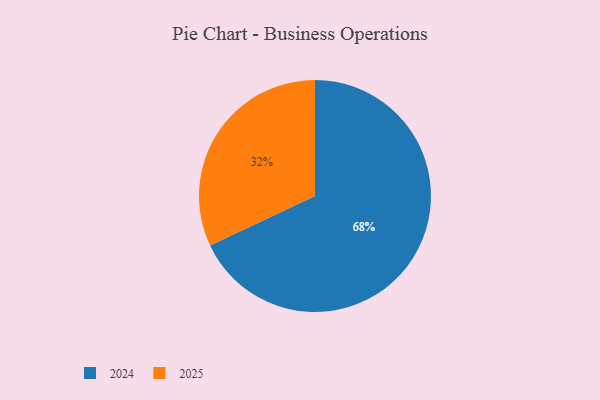
{"axis": {"x": "Category", "y": "Percentage"}, "legend": ["2024", "2025"], "data": [{"x": "2024", "y": 68, "type": "2024"}, {"x": "2025", "y": 32, "type": "2025"}]}